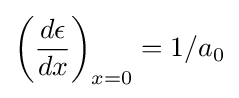
\left({\frac {d\epsilon }{dx}}\right)_{x=0}=1/a_{0}